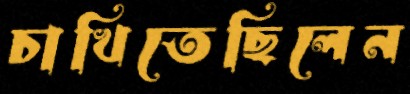
চাখিতেছিলেন